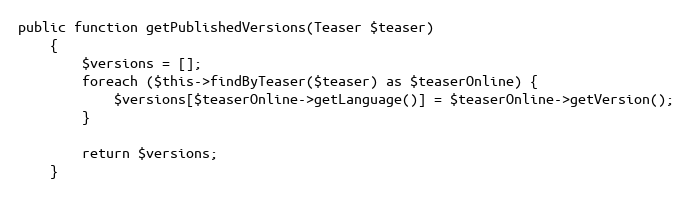
Language: PHP
public function getPublishedVersions(Teaser $teaser)
    {
        $versions = [];
        foreach ($this->findByTeaser($teaser) as $teaserOnline) {
            $versions[$teaserOnline->getLanguage()] = $teaserOnline->getVersion();
        }

        return $versions;
    }